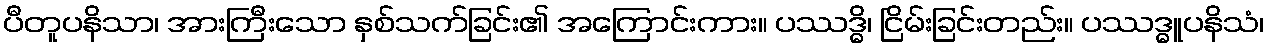
ပီတူပနိသာ၊ အားကြီးသော နှစ်သက်ခြင်း၏ အကြောင်းကား။ ပဿဒ္ဓိ၊ ငြိမ်းခြင်းတည်း။ ပဿဒ္ဓူပနိသံ၊